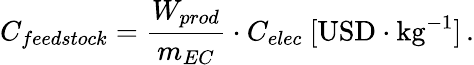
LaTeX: C_{feedstock}=\frac{W_{prod}}{m_{EC}}\cdot C_{elec}\ [\mathrm{USD}\cdot\mathrm{kg}^{-1}]\, .